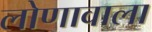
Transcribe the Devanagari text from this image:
लोणावाला